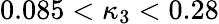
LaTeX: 0.085<\kappa_{3}<0.28